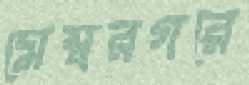
মেম্বরগরে